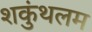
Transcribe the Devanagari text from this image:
शकुंथलम